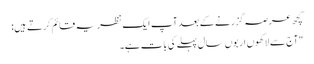
کچھ عرصہ گزرنے کے بعد آپ ایک نظریہ قائم کرتے ہیں:
"آج سے لاکھوں اربوں سال پہلے کی بات ہے۔